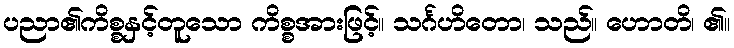
ပညာ၏ကိစ္စနှင့်တူသော ကိစ္စအားဖြင့်။ သင်္ဂဟိတော၊ သည်။ ဟောတိ၊ ၏။